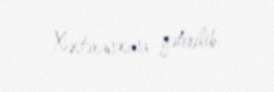
Xəstəxanasına gətirilib.